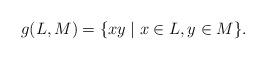
LaTeX: \begin{align*}g(L,M) = \{xy\mid x\in L,y\in M\}.\end{align*}